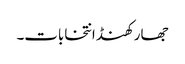
جھارکھنڈ انتخابات۔